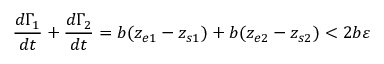
\frac { d \Gamma _ { 1 } } { d t } + \frac { d \Gamma _ { 2 } } { d t } = b ( z _ { e 1 } - z _ { s 1 } ) + b ( z _ { e 2 } - z _ { s 2 } ) < 2 b \varepsilon